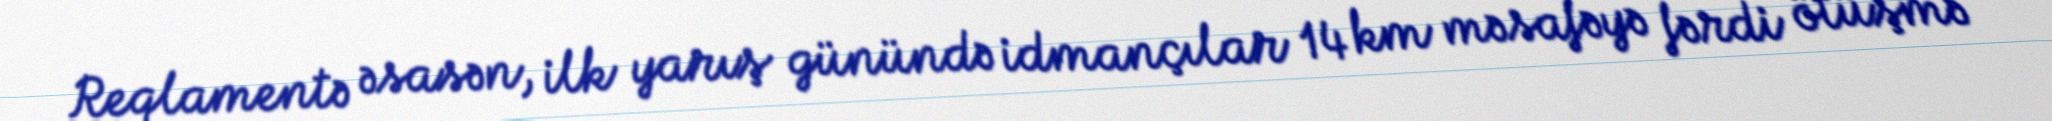
Reqlamentə əsasən, ilk yarış günündə idmançılar 14 km məsafəyə fərdi ötüşmə